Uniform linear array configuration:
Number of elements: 4
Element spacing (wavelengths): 0.5
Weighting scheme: hamming
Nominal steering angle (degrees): -15
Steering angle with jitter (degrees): -13.922
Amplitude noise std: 0.05
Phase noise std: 0.05

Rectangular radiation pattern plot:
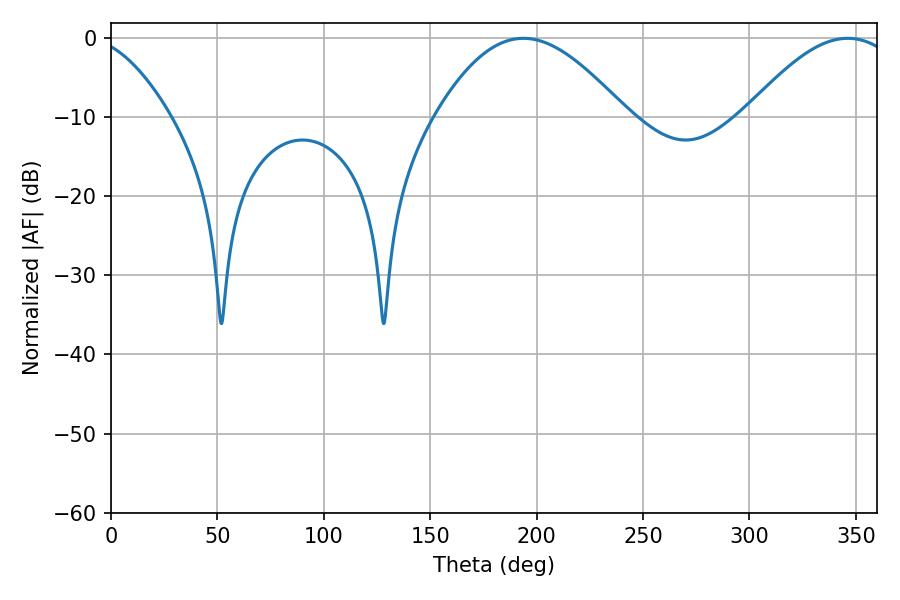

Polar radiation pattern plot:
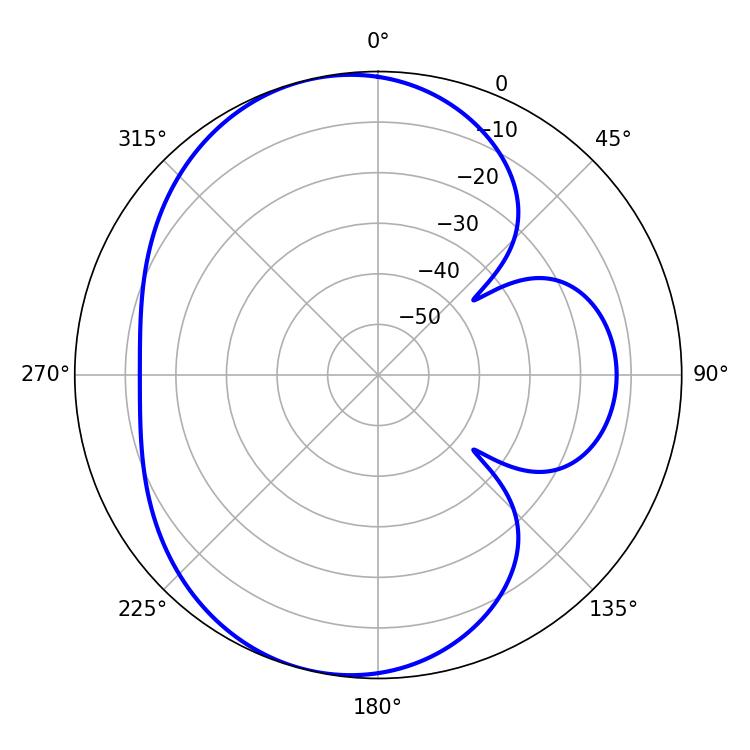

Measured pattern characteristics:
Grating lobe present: FALSE
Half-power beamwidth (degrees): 48.42
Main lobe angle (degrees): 193.86